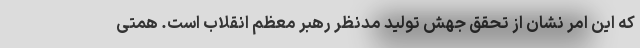
که این امر نشان از تحقق جهش تولید مدنظر رهبر معظم انقلاب است. همتی